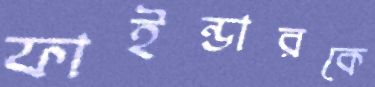
ফাইন্ডারকে